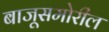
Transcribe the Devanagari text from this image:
बाजूसमोरील